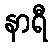
နာရီ